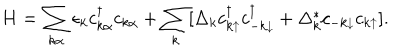
LaTeX: H = \sum _ { k \alpha } \epsilon _ { k } c _ { k \alpha } ^ { \dagger } c _ { k \alpha } + \sum _ { k } [ \Delta _ { k } c _ { k \uparrow } ^ { \dagger } c _ { - k \downarrow } ^ { \dagger } + \Delta _ { k } ^ { * } c _ { - k \downarrow } c _ { k \uparrow } ] .